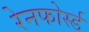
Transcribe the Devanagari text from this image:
रेनफोर्स्ड